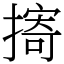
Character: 㨳